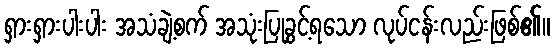
ရှားရှားပါးပါး အသံချဲ့စက် အသုံးပြုခွင့်ရသော လုပ်ငန်းလည်းဖြစ်၏။